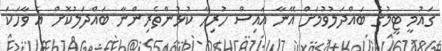
ގައުމީ ޓީމުގެ ބައްދަލުވުމަށް އޭނާ އައިސް ހުރިހާ ކުޅުންތެރިންނާ ބައްދަލުކޮށް އެ ވާހަކަ